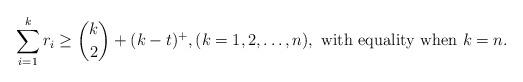
LaTeX: \begin{align*}\sum_{i=1}^kr_i\ge {k\choose 2}+(k-t)^+ , (k=1,2,\ldots,n), \mbox{ with equality when $k=n$}.\end{align*}